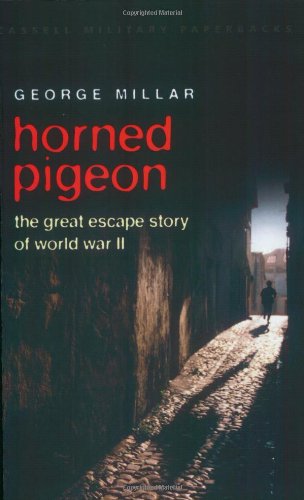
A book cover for Horned Pigeon: The Great Escape Story of World War II (Cassell Military Paperbacks); George Millar; History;